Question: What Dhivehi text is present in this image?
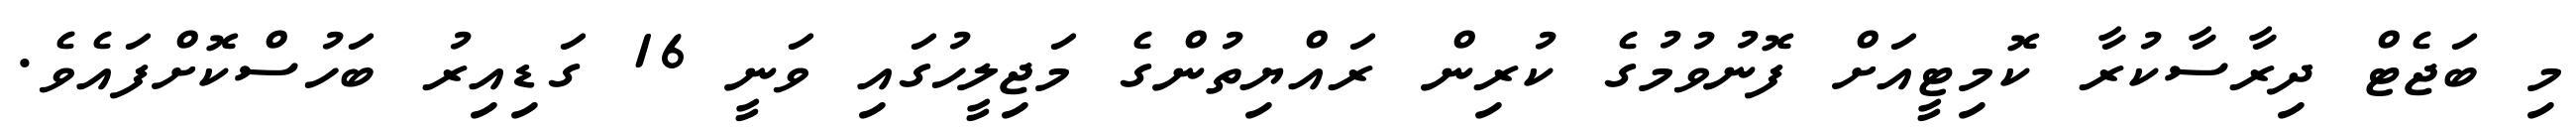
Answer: މި ބަޖެޓް ދިރާސާކުރާ ކޮމިޓީއަށް ފޮނުވުމުގެ ކުރިން ރައްޔިތުންގެ މަޖިލީހުގައި ވަނީ 16 ގަޑިއިރު ބަހުސްކޮށްފައެވެ.